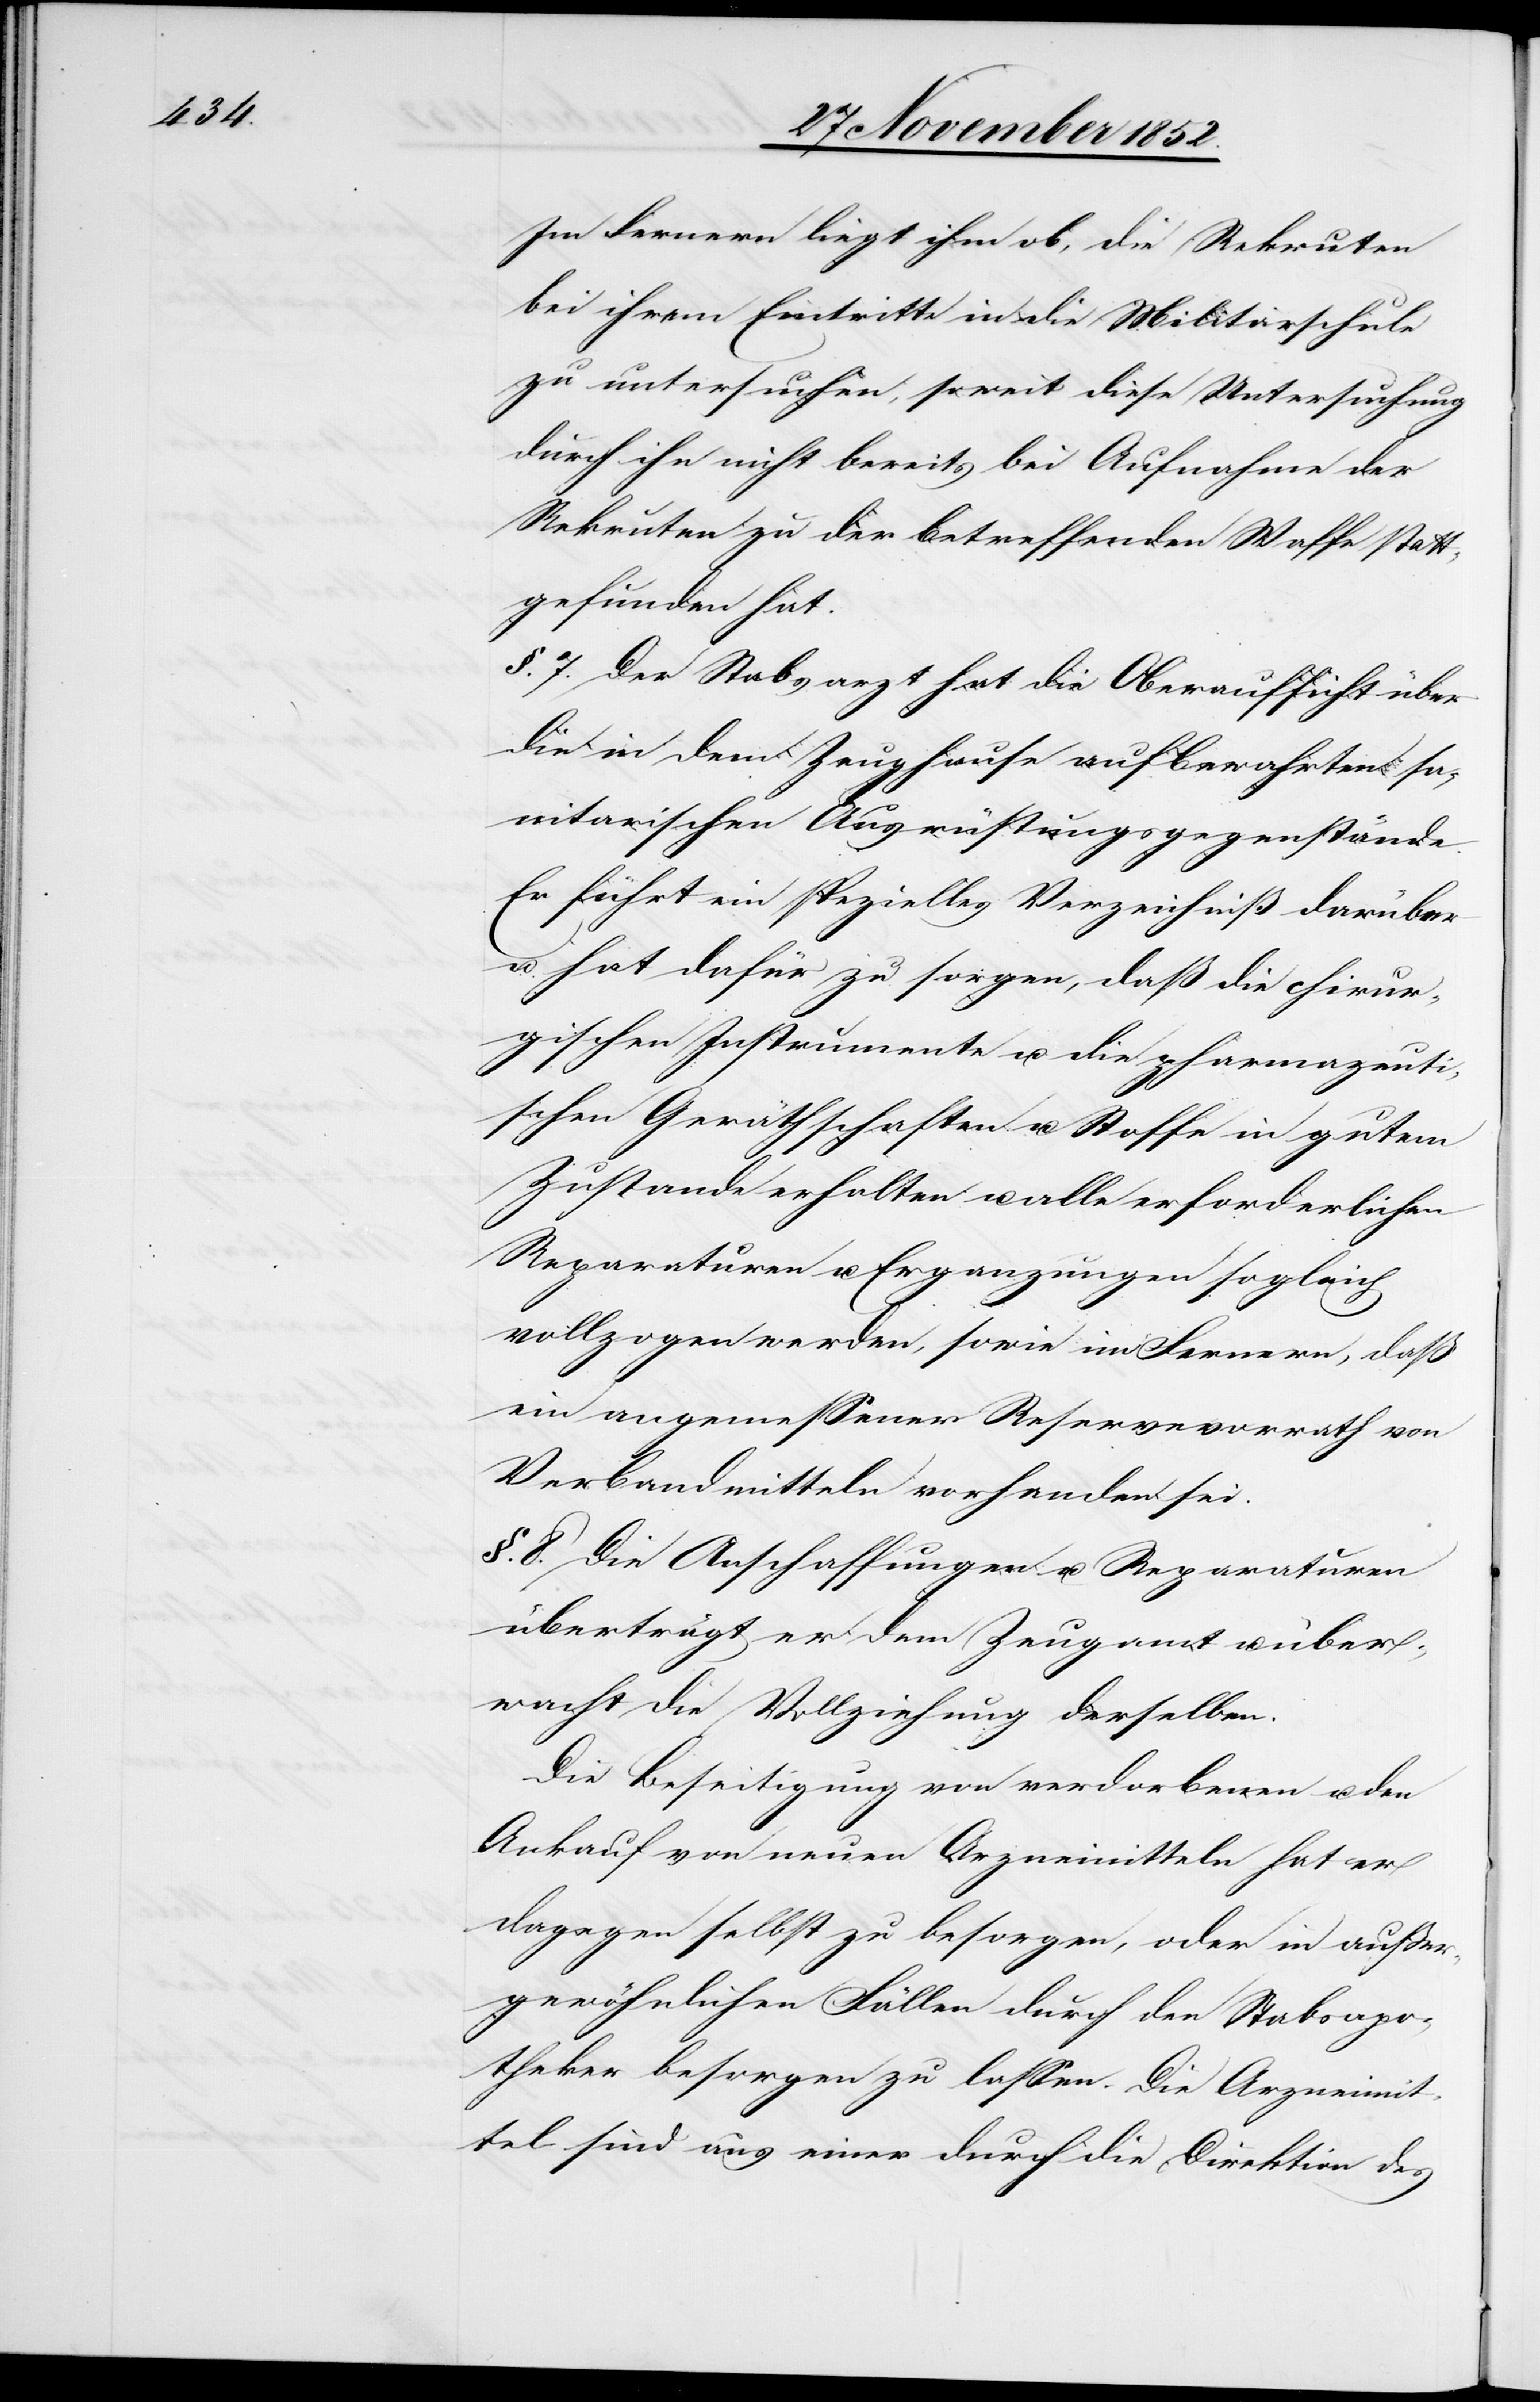
Im Fernern liegt ihm ob, die Rekruten
bei ihrem Eintritte in die Militärschule
zu untersuchen, soweit diese Untersuchung
durch ihn nicht bereits bei Aufnahme der
Rekruten zu der betreffenden Waffe statt¬
gefunden hat.
§. 7. Der Stabsarzt hat die Oberaufsicht über
die in dem Zeughause aufbewahrten sa¬
nitarischen Ausrüstungsgegenstände.
Er führt ein spezielles Verzeichniß darüber
u. hat dafür zu sorgen, daß die chirur¬
gischen Instrumente u. die pharmazeuti¬
schen Geräthschaften u. Stoffe in gutem
Zustande erhalten u. alle erforderlichen
Reparaturen u. Erganzungen [sic!]
vollzogen werden, sowie im Fernern, daß
ein angemessener Reservevorrath von
Verbandmitteln vorhanden sei.
§. 8. Die Anschaffungen u. Reparaturen
überträgt er dem Zeugamt u. über¬
wacht die Vollziehung derselben.
Die Beseitigung von verdorbenen u. den
Ankauf von neuen Arzneimitteln hat er
dagegen selbst zu besorgen, oder in außer¬
gewöhnlichen Fällen durch den Stabsapo¬
theker besorgen zu lassen. Die Arzneimit¬
tel sind aus einer durch die Direktion des